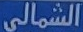
الشمالى